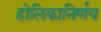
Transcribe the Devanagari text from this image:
होलिकानिर्णय